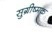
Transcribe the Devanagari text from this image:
सुग्रीष्मक